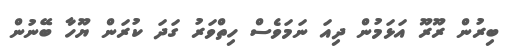
ބިރުން ރޫރޫ އަޅަމުން ދިއަ ނަމަވެސް ހިތްވަރު ގަދަ ކުރަން ޔޫހާ ބޭނުން